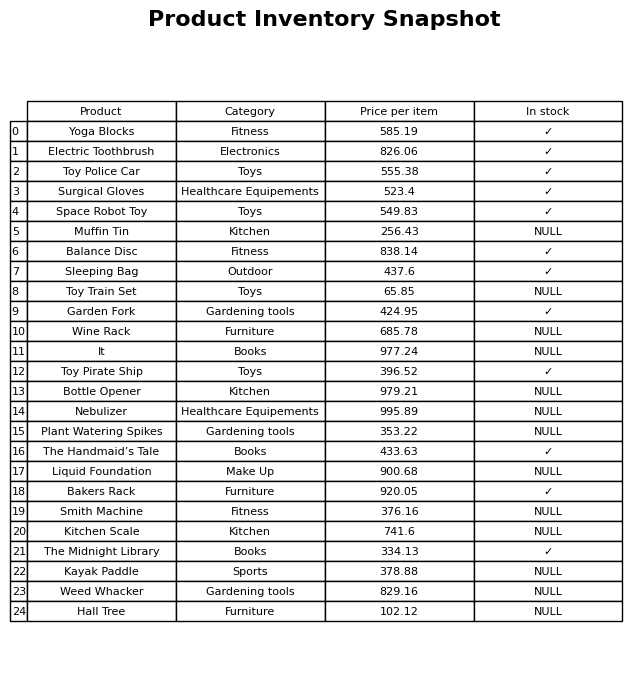
question: Which products are currently out of stock?
answer: Muffin Tin, Toy Train Set, Wine Rack, It, Bottle Opener, Nebulizer, Plant Watering Spikes, Liquid Foundation, Smith Machine, Kitchen Scale, Kayak Paddle, Weed Whacker, Hall Tree